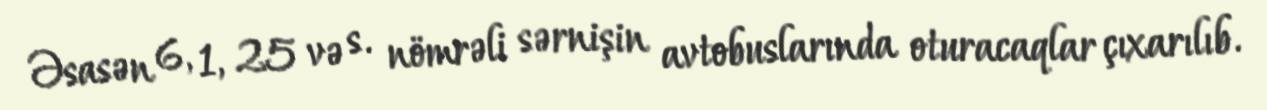
Əsasən 6, 1, 25 və s. nömrəli sərnişin avtobuslarında oturacaqlar çıxarılıb.